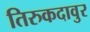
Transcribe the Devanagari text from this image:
तिरुकदावुर